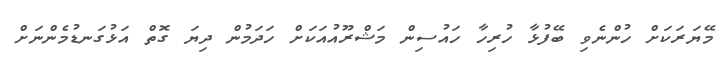
މޭޔަރަކަށް ހުންނެވި ބޭފުޅާ ހުރިހާ ހައުސިން މަޝްރޫއުއަކަށް ހަދަމުން ދިޔަ ގޮތް އަޅުގަނޑުމެންނަށް